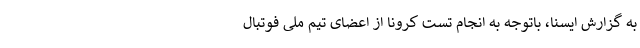
به گزارش ایسنا، باتوجه به انجام تست کرونا از اعضای تیم ملی فوتبال